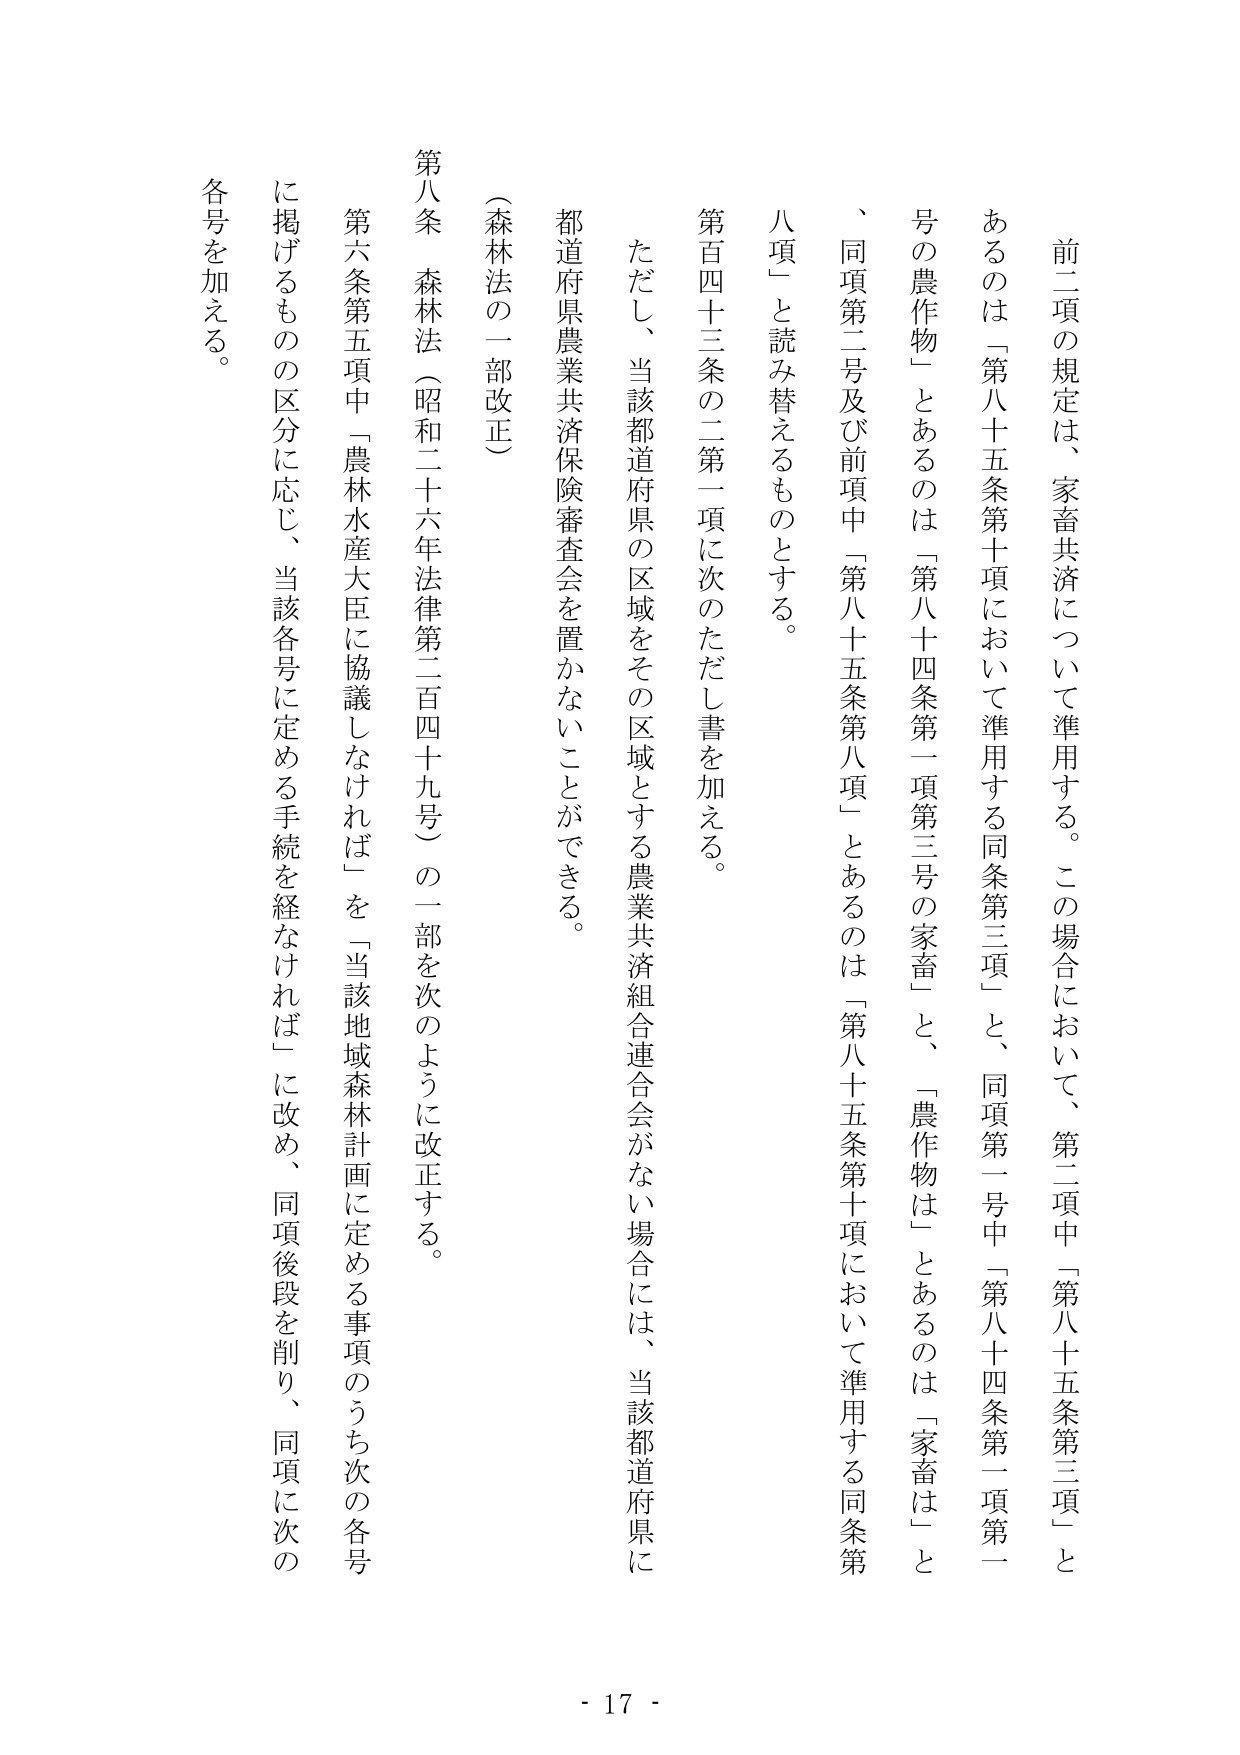
前二項の規定は、家畜共済について準用する。この場合において、第二項中「第八十五条第三項」とあるのは「第八十五条第十項において準用する同条第三項」と、同項第一号中「第八十四条第一項第一号の農作物」とあるのは「第八十四条第一項第三号の家畜」と、「農作物は」とあるのは「家畜は」と、同項第二号及び前項中「第八十五条第八項」とあるのは「第八十五条第十項において準用する同条第八項」と読み替えるものとする。

第百四十三条の二第一項に次のただし書を加える。

ただし、当該都道府県の区域をその区域とする農業共済組合連合会がない場合には、当該都道府県に都道府県農業共済保険審査会を置かないことができる。

（森林法の一部改正）

第八条　森林法（昭和二十六年法律第二百四十九号）の一部を次のように改正する。

第六条第五項中「農林水産大臣に協議しなければ」を「当該地域森林計画に定める事項のうち次の各号に掲げるものの区分に応じ、当該各号に定める手続を経なければ」に改め、同項後段を削り、同項に次の各号を加える。

- 17 -